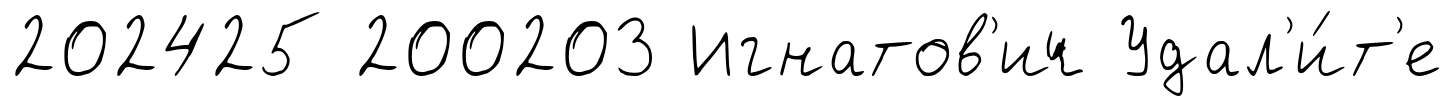
202425 200203 Игнатов'ич Удал'и́т'е